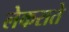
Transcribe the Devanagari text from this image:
लेकराते